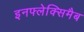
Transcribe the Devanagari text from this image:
इनफ्लेक्सिमैब